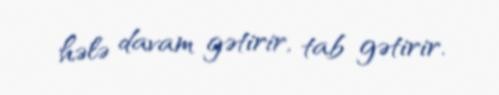
hələ davam gətirir, tab gətirir.